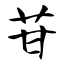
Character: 苷